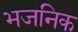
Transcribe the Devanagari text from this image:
भजनिक